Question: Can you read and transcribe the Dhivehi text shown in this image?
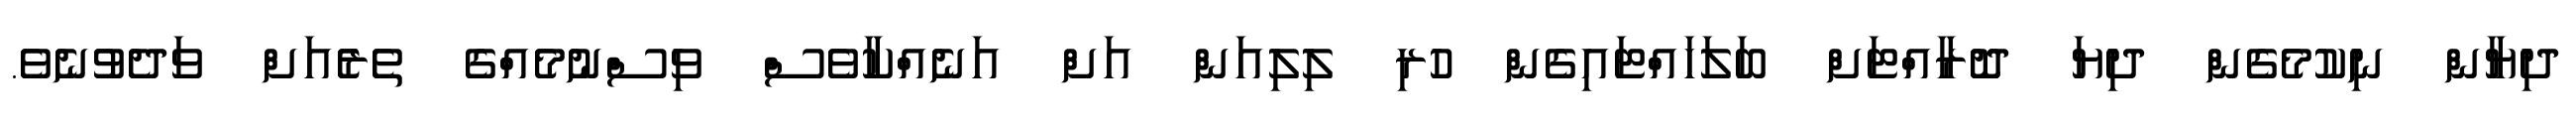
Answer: ދިޔާން ނިކުމެގެން ދިޔަ ދޮރާއްޓަށް ބަލަހައްޓައިގެން ހުރި ލިލިއަން އަށް އަނެއްކާވެސް ވިސްނުމެއްގެ ތެރެެއަށް ވަދެވުނެވެ.